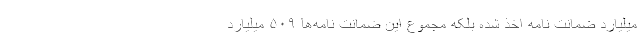
میلیارد ضمانت نامه اخذ شده بلکه مجموع این ضمانت نامه‌ها ۵۰۹ میلیارد